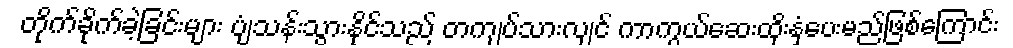
တိုက်ခိုက်ခဲ့ခြင်းများ ပျံသန်းသွားနိုင်သည် တကျပ်သားလျင် ကာကွယ်ဆေးထိုးနှံပေးမည်ဖြစ်ကြောင်း